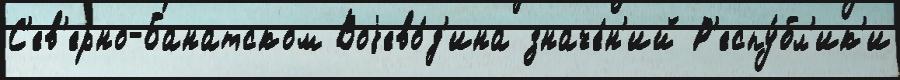
С'ев'ерно-Банатском Воjево́д'ина значе́н'ий Р'еспу́бл'ик'и